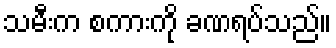
သမီးက စကားကို ခဏရပ်သည်။